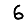
Digit: 6